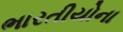
ભારતીયોના